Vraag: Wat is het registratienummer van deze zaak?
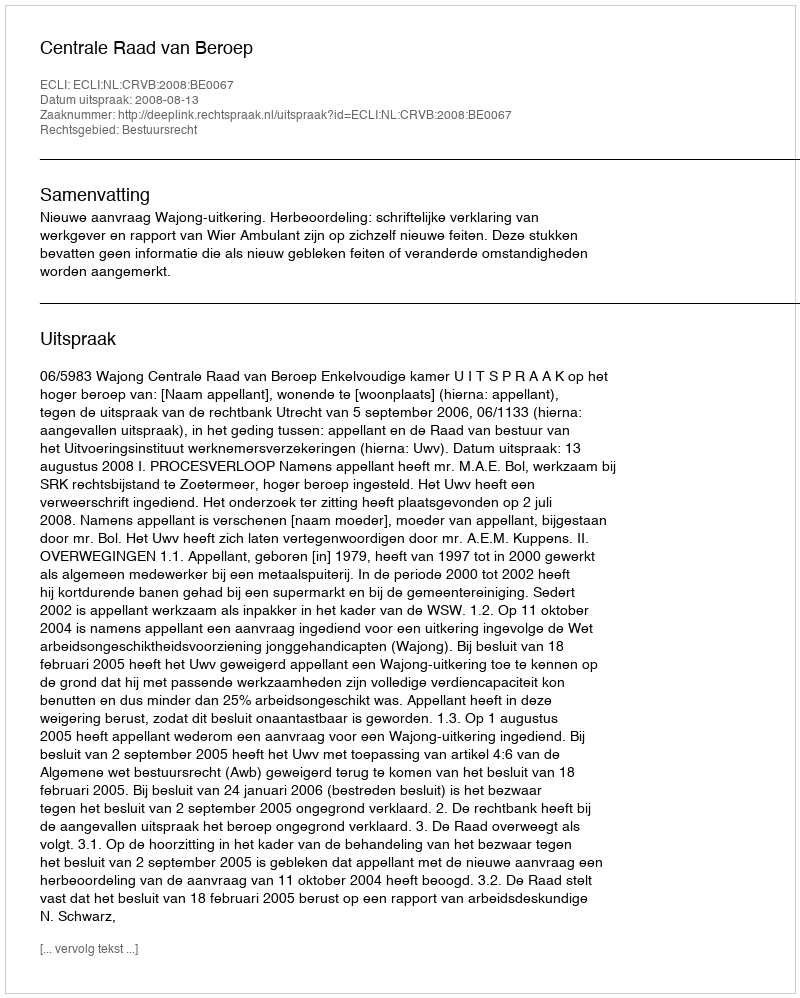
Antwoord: http://deeplink.rechtspraak.nl/uitspraak?id=ECLI:NL:CRVB:2008:BE0067